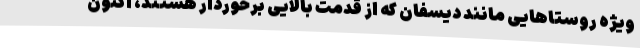
ویژه روستا‌هایی مانند دیسفان که از قدمت بالایی برخوردار هستند، اکنون